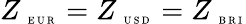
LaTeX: Z_{\mathrm{~\tiny~E~U~R~}}=Z_{\mathrm{~\tiny~U~S~D~}}=Z_{\mathrm{~\tiny~B~R~I~}}